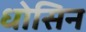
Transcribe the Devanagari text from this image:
धोसिन